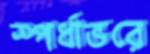
স্পর্ধাভরে